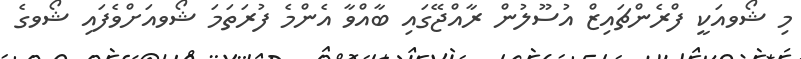
މި ޝޯވއަކީ ފްރެންޗައިޒް އުސޫލުން ރާއްޖޭގައި ބާއްވާ އެންމެ ފުރަތަމަ ޝޯވއަށްވެފައި ޝޯވގެ